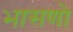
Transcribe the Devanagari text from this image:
भासणो